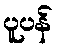
ပူပန်